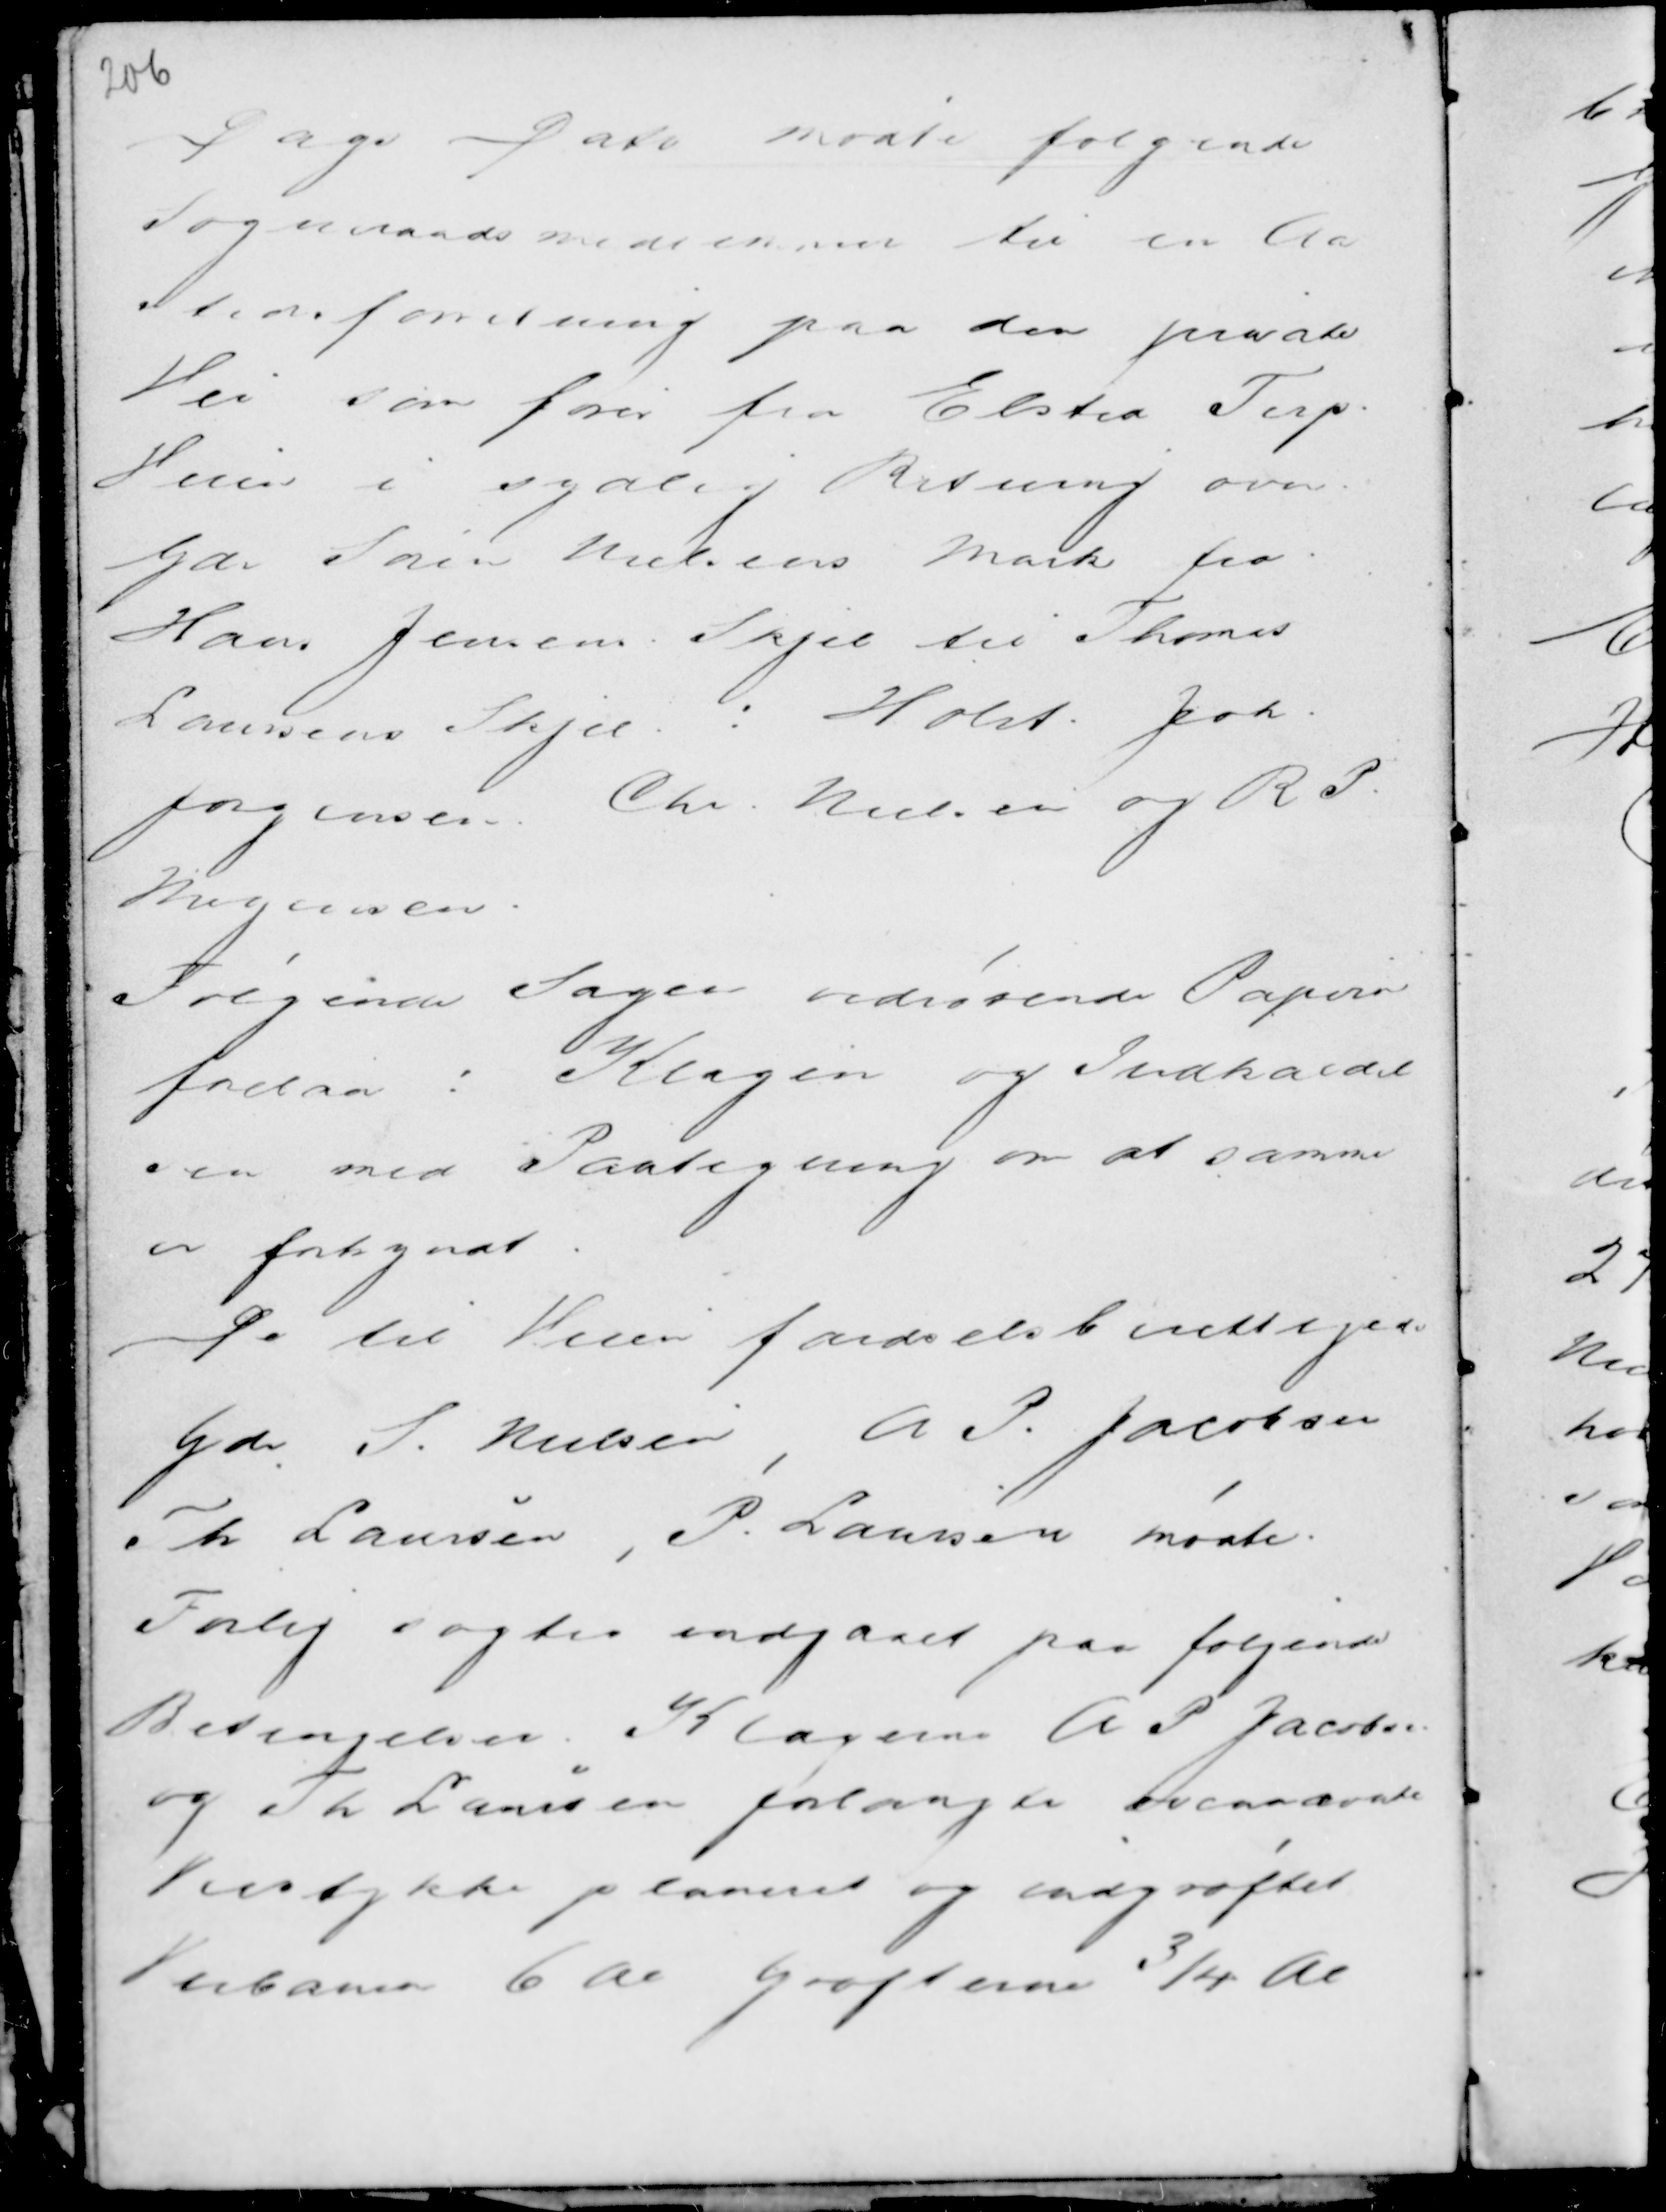
Transskription:
Dags Dato mødte følgende
Sogneraadsmedlemmer til en Aa
stedsforretning paa den private
Vei som fører fra Elsted Terp
Veien i sydlig Retning over
Gdr Søren Nielsens Mark fra
Hans Jensens Skjel til Thomas
Laursens Skjel : Holst. Joh.
Jørgensen. Chr. Nielsen og R P.
Mogensen.

Følgende Sagen vedrørende Pa.....
fo..... : KLagen og Indkaldel
sen med Paategning om at samme
er forkyndt.
De til Veien færdelsberettigede
Gdr S. Nielsen, A P. Jacobsen
Th Laursen , P. Laursen mødte.
Forlig søgtes indgaaet paa følgende
Betingelser. Klagerne A P. Jacobsen
og Th Laursen forlangte ovennævnte
Veistykke planeret og indgrøftet
Veibanen 6 Al Grøfterne ¾ Al